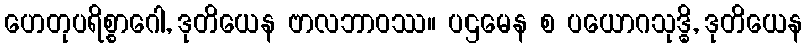
ဟေတုပရိစ္စာဂေါ, ဒုတိယေန ဗာလဘာဝဿ။ ပဌမေန စ ပယောဂသုဒ္ဓိ, ဒုတိယေန